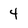
Character: 4